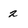
Character: 2